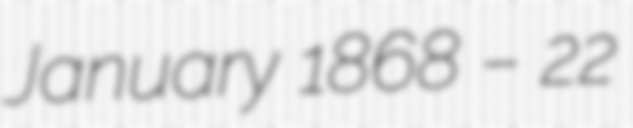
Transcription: January 1868 – 22